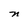
Character: n